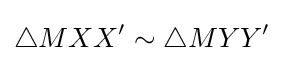
\triangle MXX'\sim \triangle MYY'